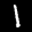
Label: 1